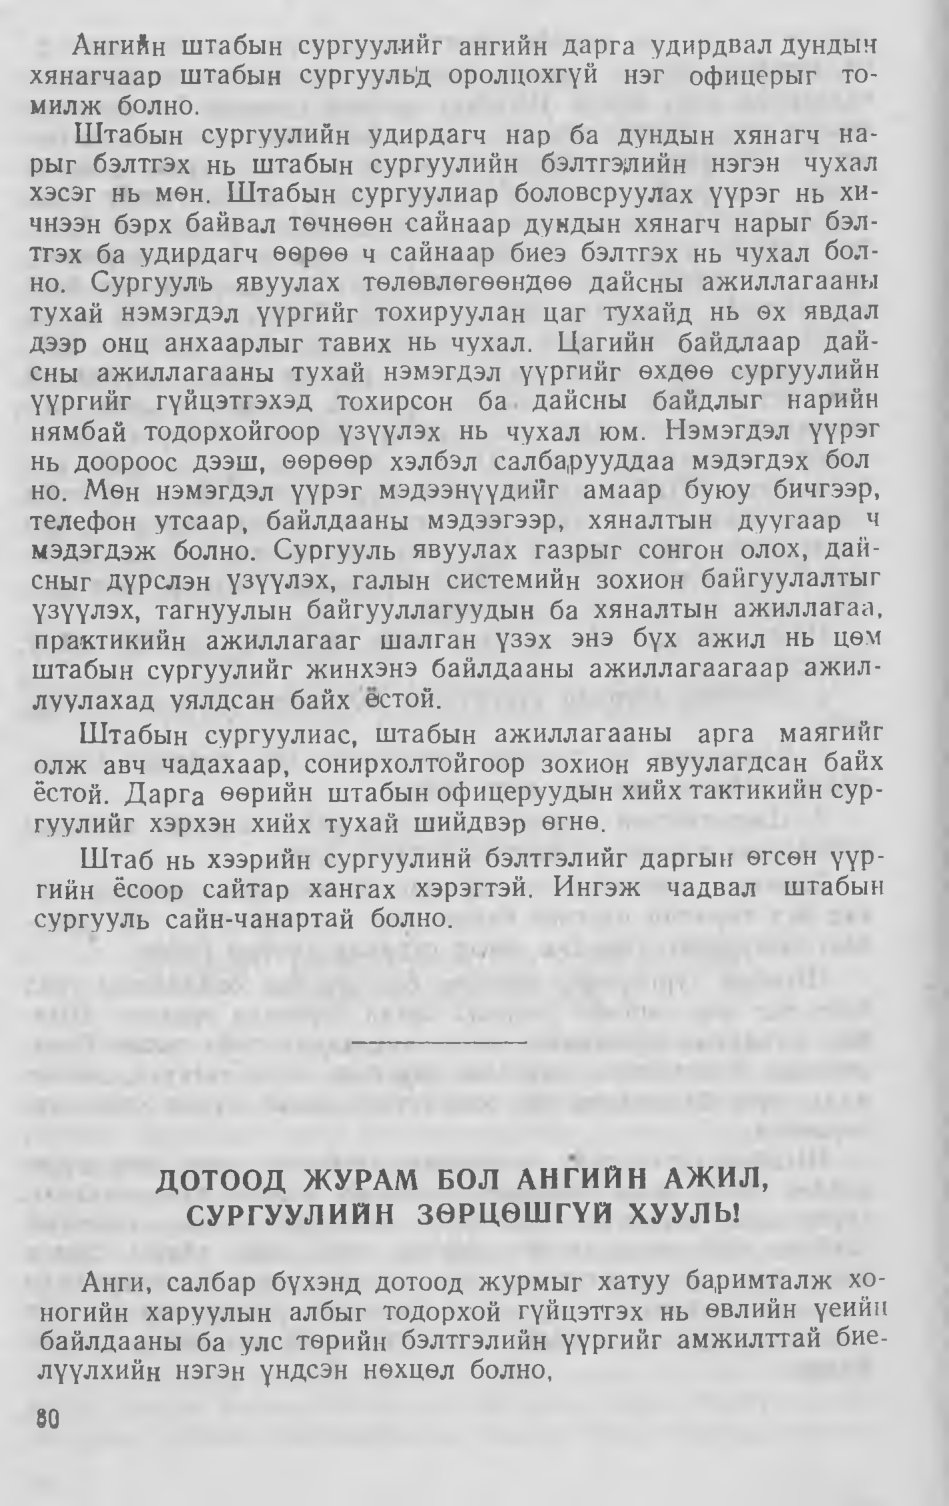
Language: mn